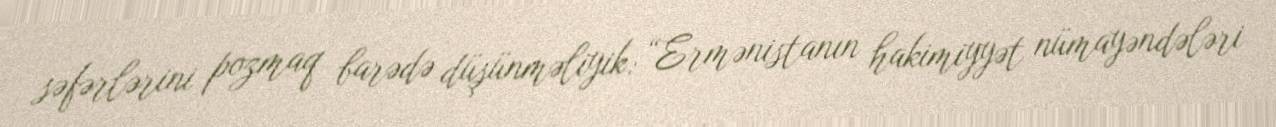
səfərlərini pozmaq barədə düşünməliyik: “Ermənistanın hakimiyyət nümayəndələri